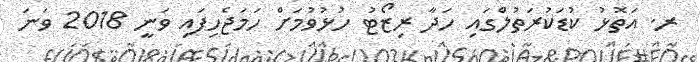
ރ. އަތޮޅު ކުޑަކުރަތުލްގައި ހަދާ ރިޒޯޓު ހުޅުވުމަށް ހަމަޖެހިފައި ވަނީ 2018 ވަނަ